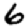
Digit: 6